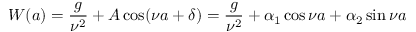
W ( a ) = \frac { g } { \nu ^ { 2 } } + A \cos ( \nu a + \delta ) = \frac { g } { \nu ^ { 2 } } + \alpha _ { 1 } \cos \nu a + \alpha _ { 2 } \sin \nu a